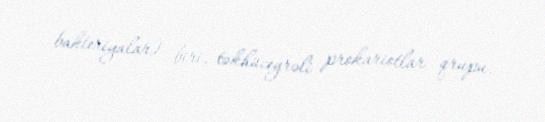
bakteriyalar) biri, təkhüceyrəli prokariotlar qrupu.